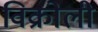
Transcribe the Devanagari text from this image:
विक्रोली